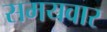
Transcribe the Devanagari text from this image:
समयवार